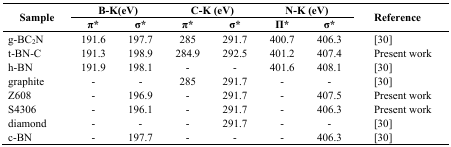
<table><thead><tr><td rowspan="2"><b>Sample</b></td><td colspan="2"><b>B-K(eV)</b></td><td colspan="2"><b>C-K (eV)</b></td><td colspan="2"><b>N-K (eV)</b></td><td rowspan="2"><b>Reference</b></td></tr><tr><td><b>π*</b></td><td><b>σ*</b></td><td><b>π*</b></td><td><b>σ*</b></td><td><b>Π*</b></td><td><b>σ*</b></td></tr></thead><tbody><tr><td>g-BC<sub>2</sub>N</td><td>191.6</td><td>197.7</td><td>285</td><td>291.7</td><td>400.7</td><td>406.3</td><td>[30]</td></tr><tr><td>t-BN-C</td><td>191.3</td><td>198.9</td><td>284.9</td><td>292.5</td><td>401.2</td><td>407.4</td><td>Present work</td></tr><tr><td>h-BN</td><td>191.9</td><td>198.1</td><td>-</td><td>-</td><td>401.6</td><td>408.1</td><td>[30]</td></tr><tr><td>graphite</td><td>-</td><td>-</td><td>285</td><td>291.7</td><td>-</td><td>-</td><td>[30]</td></tr><tr><td>Z608</td><td>-</td><td>196.9</td><td>-</td><td>291.7</td><td>-</td><td>407.5</td><td>Present work</td></tr><tr><td>S4306</td><td>-</td><td>196.1</td><td>-</td><td>291.7</td><td>-</td><td>406.3</td><td>Present work</td></tr><tr><td>diamond</td><td>-</td><td>-</td><td>-</td><td>291.7</td><td>-</td><td>-</td><td>[30]</td></tr><tr><td>c-BN</td><td>-</td><td>197.7</td><td>-</td><td>-</td><td>-</td><td>406.3</td><td>[30]</td></tr></tbody></table>